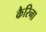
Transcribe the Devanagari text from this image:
कैरिना